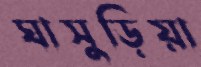
ঘাসুড়িয়া